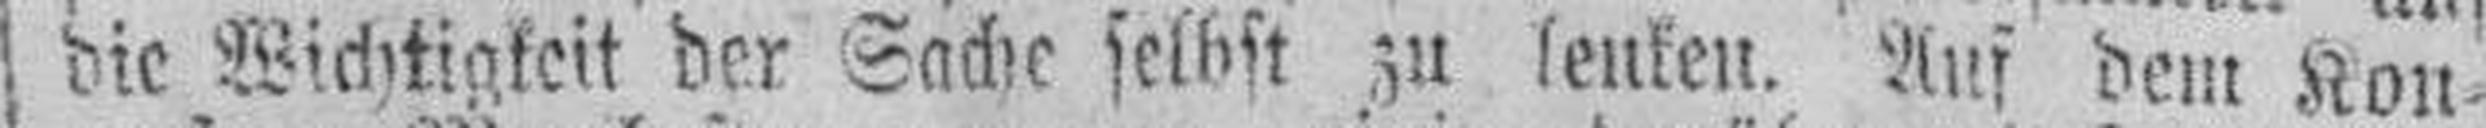
die Wichtigkeit der Sache selbst zu lenken. Auf dem Kon¬